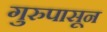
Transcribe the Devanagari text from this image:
गुरुपासून